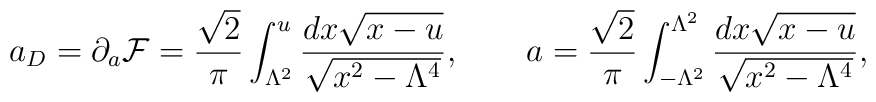
a_D=\partial_a{\cal F}={\sqrt 2\over \pi}\int_{\Lambda^2}^u {dx \sqrt{x-u}\over \sqrt{x^2-{\Lambda^4}}},\qquad a={\sqrt 2\over\pi}\int_{-{\Lambda^2}}^{\Lambda^2}{dx \sqrt{x-u}\over \sqrt{x^2-{\Lambda^4}}},